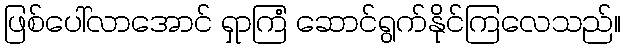
ဖြစ်ပေါ်လာအောင် ရှာကြံ ဆောင်ရွက်နိုင်ကြလေသည်။